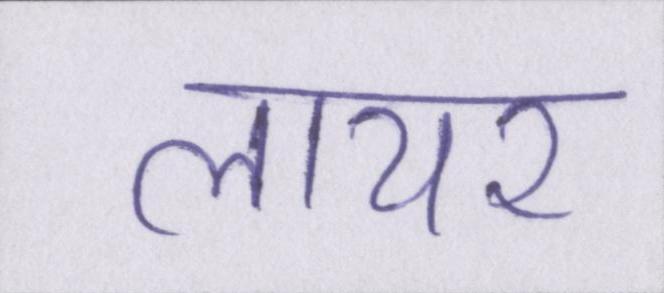
लायर